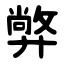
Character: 㢢